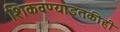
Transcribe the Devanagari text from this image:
शिकवण्याइतकीही